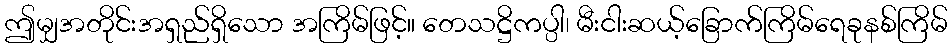
ဤမျှအတိုင်းအရှည်ရှိသော အကြိမ်ဖြင့်။ တေသဋ္ဌိကပ္ပါ၊ မီးငါးဆယ့်ခြောက်ကြိမ်ရေခုနစ်ကြိမ်